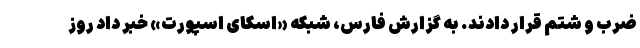
ضرب و شتم قرار دادند. به گزارش فارس، شبکه «اسکای اسپورت» خبر داد روز